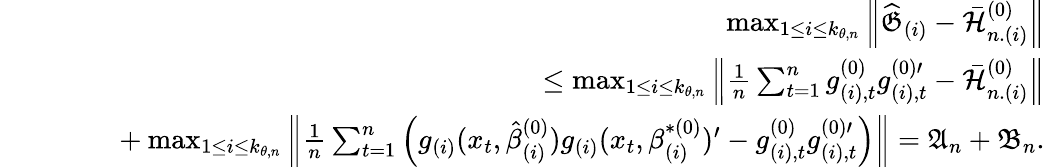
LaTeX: \begin{array}{rlr}&{}&{\operatorname*{max}_{1\leq i\leq k_{\theta,n}}\left\Vert\widehat{\mathfrak{G}}_{(i)}-\mathcal{\bar{H}}_{n.(i)}^{(0)}\right\Vert}\\ &{}&{\mathrm{~\ \ \ }\leq\operatorname*{max}_{1\leq i\leq k_{\theta,n}}\left\Vert\frac{1}{n}\sum_{t=1}^{n}g_{(i),t}^{(0)}g_{(i),t}^{(0)\prime}-\mathcal{\bar{H}}_{n.(i)}^{(0)}\right\Vert}\\ &{}&{\mathrm{~\ \ \ \ \ \ \ }+\operatorname*{max}_{1\leq i\leq k_{\theta,n}}\left\Vert\frac{1}{n}\sum_{t=1}^{n}\left(g_{(i)}(x_{t},\hat{\beta}_{(i)}^{(0)})g_{(i)}(x_{t},\beta_{(i)}^{\ast(0)})^{\prime}-g_{(i),t}^{(0)}g_{(i),t}^{(0)\prime}\right)\right\Vert=\mathfrak{A}_{n}+\mathfrak{B}_{n}.}\end{array}